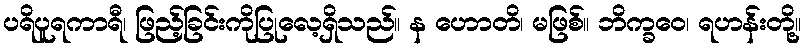
ပရိပူရကာရီ၊ ဖြည့်ခြင်းကိုပြုလေ့ရှိသည်။ န ဟောတိ၊ မဖြစ်။ ဘိက္ခဝေ၊ ရဟန်းတို့။